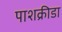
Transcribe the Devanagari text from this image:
पाशक्रीडा